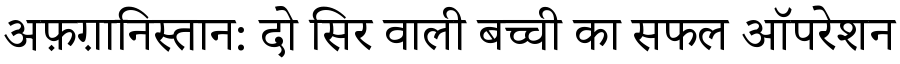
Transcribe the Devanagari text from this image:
अफ़ग़ानिस्तान: दो सिर वाली बच्ची का सफल ऑपरेशन